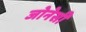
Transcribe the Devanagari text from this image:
जोनेसी